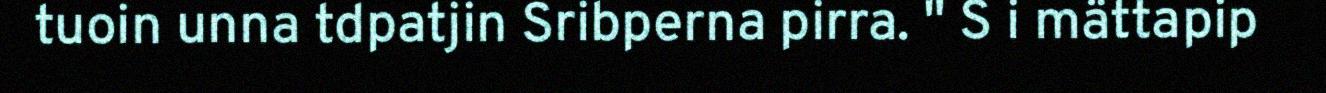
tuoin unna tdpatjin Sribperna pirra. " S i mättapip